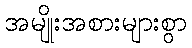
အမျိုးအစားများစွာ